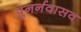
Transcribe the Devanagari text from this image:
पुनर्नवासव